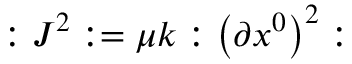
: J ^ { 2 } : = \mu k : \left( \partial x ^ { 0 } \right) ^ { 2 } :